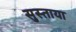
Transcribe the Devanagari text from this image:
सुस्ताया